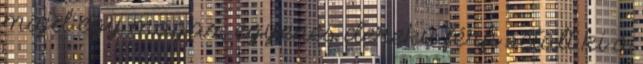
majd egy magas, egyenes derekú férfi sétált ki a